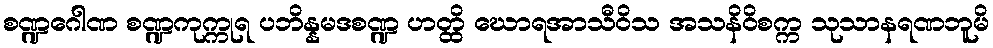
စဏ္ဍဂေါဏ စဏ္ဍကုက္ကုရ ပဘိန္နမဒစဏ္ဍ ဟတ္ထိ ဃောရအာသီဝိသ အသနိဝိစက္က သုသာနရဏဘူမိ